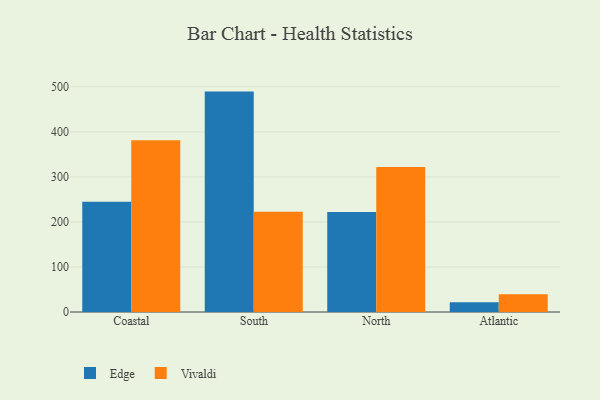
{"axis": {"x": "Region", "y": "Satisfaction Score"}, "legend": ["Edge", "Vivaldi"], "data": [{"x": "Coastal", "y": 244.8, "type": "Edge"}, {"x": "Coastal", "y": 381.5, "type": "Vivaldi"}, {"x": "South", "y": 489.4, "type": "Edge"}, {"x": "South", "y": 222.5, "type": "Vivaldi"}, {"x": "North", "y": 221.8, "type": "Edge"}, {"x": "North", "y": 321.7, "type": "Vivaldi"}, {"x": "Atlantic", "y": 21.5, "type": "Edge"}, {"x": "Atlantic", "y": 39.6, "type": "Vivaldi"}]}